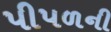
પીપળની